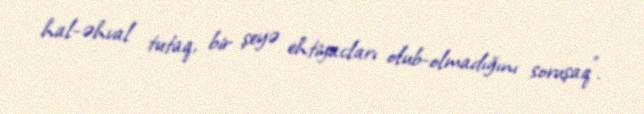
hal-əhval tutaq, bir şeyə ehtiyacları olub-olmadığını soruşaq".